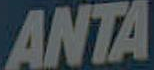
ANTA